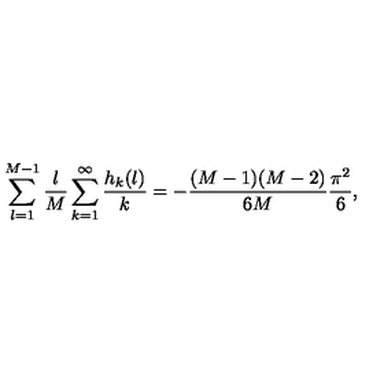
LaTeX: \sum _ { l = 1 } ^ { M - 1 } { \frac { l } { M } } \sum _ { k = 1 } ^ { \infty } { \frac { h _ { k } ( l ) } { k } } = - { \frac { ( M - 1 ) ( M - 2 ) } { 6 M } } { \frac { \pi ^ { 2 } } { 6 } } ,